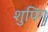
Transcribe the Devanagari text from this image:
शुपिंग